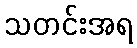
သတင်းအရ